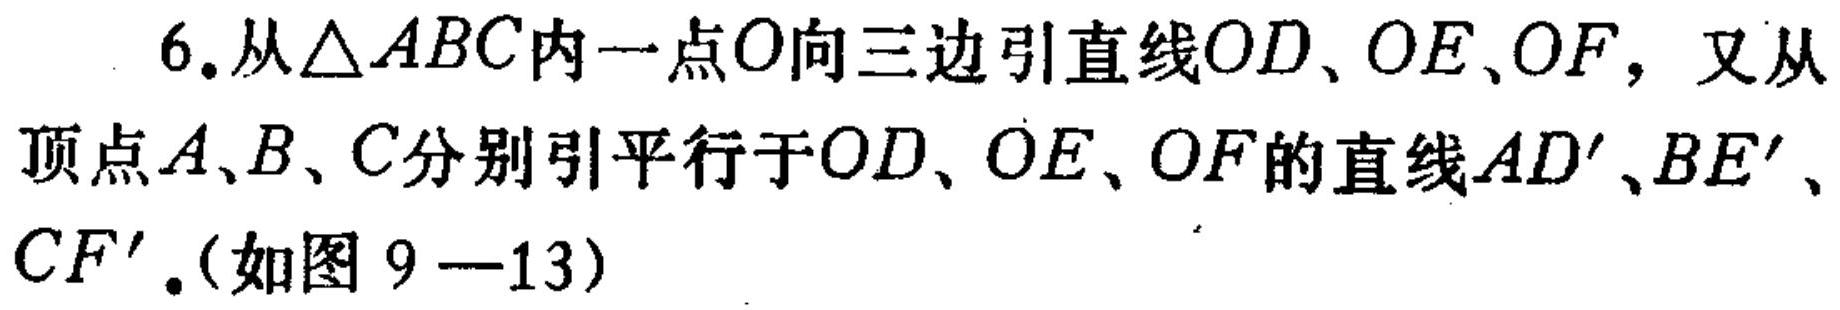
6.从\(\triangle ABC\)内一点\(O\)向三边引直线\(OD\)、\(OE\)、\(OF\)，又从顶点\(A\)、\(B\)、\(C\)分别引平行于\(OD\)、\(OE\)、\(OF\)的直线\(AD'\)、\(BE'\)、\(CF'\)。（如图 \(9 - 13\)）